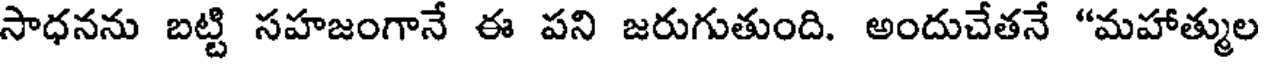
సాధనను బట్టి సహజంగానే ఈ పని జరుగుతుంది. అందుచేతనే "మహాత్ముల